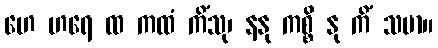
ဟေ ဟရေ ထ ကထံ ကိံသု၊ နနု ကစ္စိ နု ကိံ သမာ။